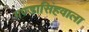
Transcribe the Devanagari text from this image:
गण्डासिंहवाला